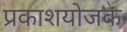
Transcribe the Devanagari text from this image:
प्रकाशयोजक